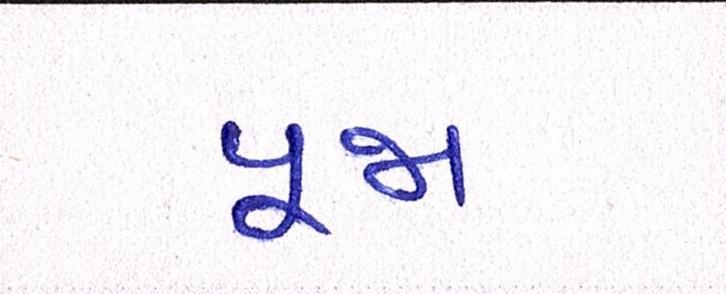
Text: પૂજા